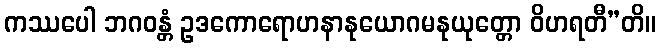
ကဿပေါ ဘဂဝန္တံ ဥဒကောရောဟနာနုယောဂမနုယုတ္တော ဝိဟရတီ”တိ။